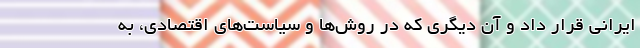
ایرانی قرار داد و آن ‌دیگری که در روش‌ها و سیاست‌های اقتصادی، به